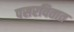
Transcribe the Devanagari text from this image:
पसरवितात